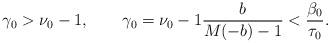
LaTeX: \begin{align*}\gamma_0>\nu_0-1,\quad\quad\gamma_0=\nu_0-1 \frac b{M(-b)-1}<\frac{\beta_0}{\tau_0}.\end{align*}